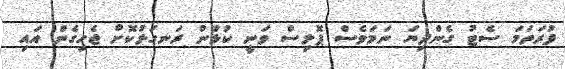
ފުރަތަމަ ސެޓު ގެންދިޔަ ނަމަވެސް ޕޮލިސް ވަނީ ކުޅުން ރަނގަޅުކޮށް ޖެހިގެން އައި